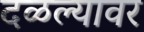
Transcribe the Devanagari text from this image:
दळल्यावर